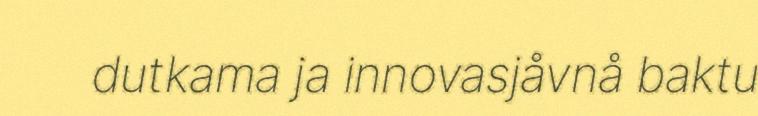
dutkama ja innovasjåvnå baktu